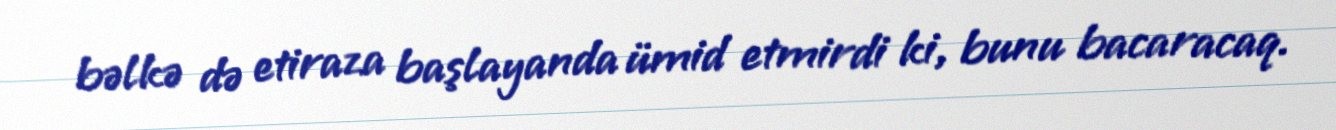
bəlkə də etiraza başlayanda ümid etmirdi ki, bunu bacaracaq.